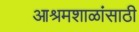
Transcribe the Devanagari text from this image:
आश्रमशाळांसाठी